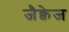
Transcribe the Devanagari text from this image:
जैक्वेज